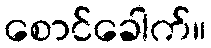
စောင်ခေါက်။